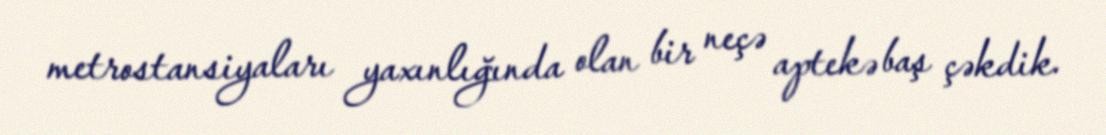
metrostansiyaları yaxınlığında olan bir neçə aptekə baş çəkdik.